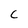
Character: C